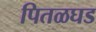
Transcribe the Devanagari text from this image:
पितळघड